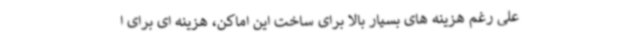
علی رغم هزینه های بسیار بالا برای ساخت این اماکن، هزینه ای برای ا